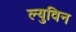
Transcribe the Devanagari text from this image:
ल्युविन